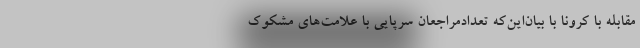
مقابله با کرونا با بیان‌این‌که تعدادمراجعان سرپایی با علامت‌های مشکوک‌